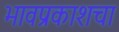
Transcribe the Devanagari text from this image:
भावप्रकाशचा